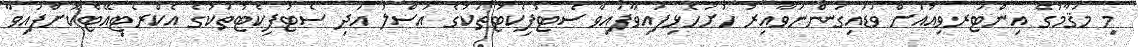
މި މަޤާމުގެ އިންޓަރވިއުއަށް ވަޑައިގަންނަވާއިރު ހުށަހެޅިފައިވާފައިވާ ސެޓުފިކެޓުތަކުގެ އަސްލު އަދި ސެޓުފިކެޓުތަކުގެ އެކްރެޓިއޭޓްކޮށްފައިވާ